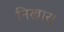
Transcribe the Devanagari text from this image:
निखार।